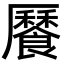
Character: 𩞨